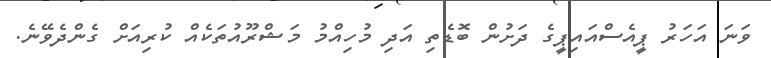
ވަނަ އަހަރު ޕީއެސްއައިޕީގެ ދަށުން ބޮޑެތި އަދި މުހިއްމު މަޝްރޫއުތަކެއް ކުރިއަށް ގެންދެވޭނެ.